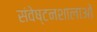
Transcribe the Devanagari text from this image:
संवेष्टनशालाओं